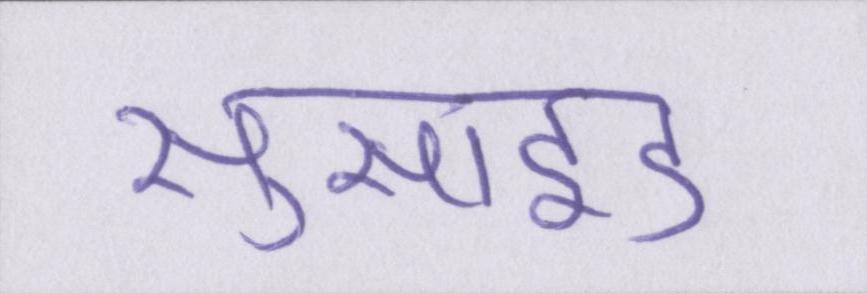
सुसाइड